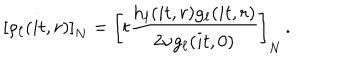
\left[ \rho _ { \ell } ( i t , r ) \right] _ { N } = \left[ t \frac { h _ { \ell } ( i t , r ) g _ { \ell } ( i t , r ) } { 2 \nu g _ { \ell } ( i t , 0 ) } \right] _ { N } \, .